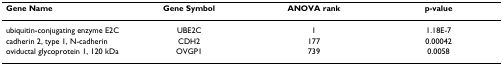
<table><thead><tr><td><b>Gene Name</b></td><td><b>Gene Symbol</b></td><td><b>ANOVA rank</b></td><td><b>p-value</b></td></tr></thead><tbody><tr><td>ubiquitin-conjugating enzyme E2C</td><td>UBE2C</td><td>1</td><td>1.18E-7</td></tr><tr><td>cadherin 2, type 1, N-cadherin</td><td>CDH2</td><td>177</td><td>0.00042</td></tr><tr><td>oviductal glycoprotein 1, 120 kDa</td><td>OVGP1</td><td>739</td><td>0.0058</td></tr></tbody></table>